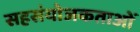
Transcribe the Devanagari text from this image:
सहसंयोजकताओं